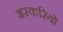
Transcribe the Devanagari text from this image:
अस्करियों